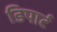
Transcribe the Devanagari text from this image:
डिपार्ट